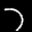
Label: 7